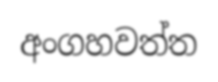
අංගහවත්ත